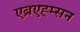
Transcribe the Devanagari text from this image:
एब्रएह्म्सन